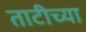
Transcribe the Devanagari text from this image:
ताटीच्या